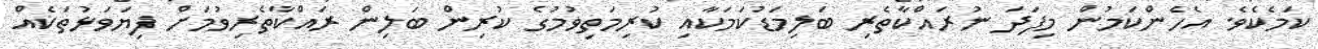
ކަމެކެވެ. އެހެންކަމުން މިފަދަ ނުރައްކާތެރި ބަލިމަޑުކަމަކާއި ކުރިމަތިވުމުގެ ކުރިން ބަލިން ރައްކާތެރިވުމަށް ފިޔަވަޅުތަކެއް